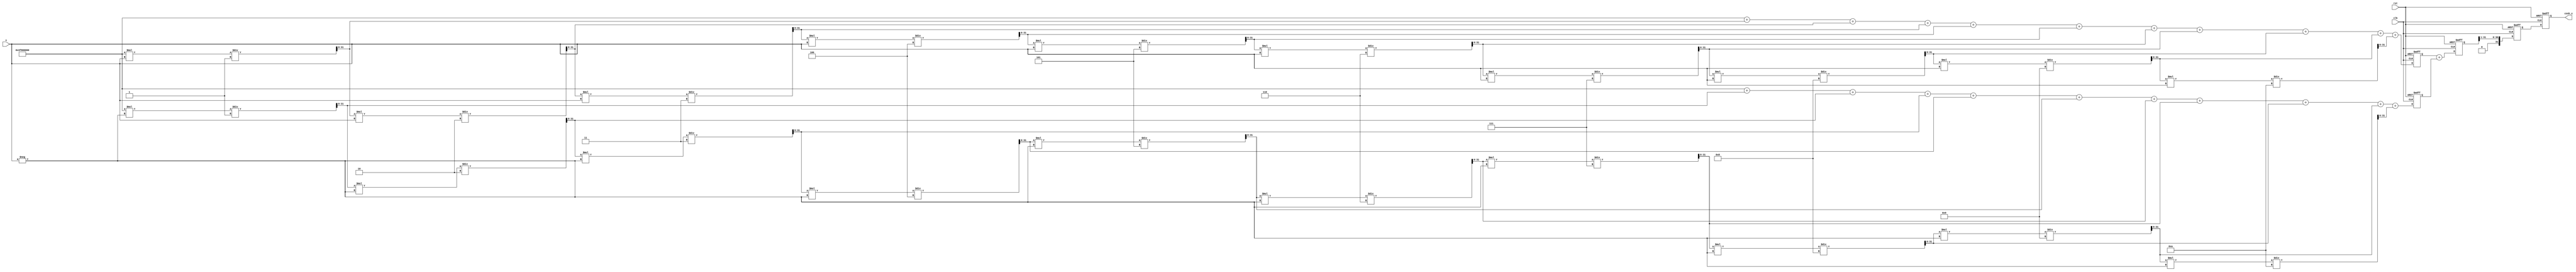
module hyperbolic_cosh (
    input wire clk,
    input wire rst,
    input wire [31:0] x, // Input: Floating-point representation of x
    output reg [31:0] cosh_x // Output: Floating-point representation of cosh(x)
);

    // Internal signals
    reg [31:0] exp_x;
    reg [31:0] exp_neg_x;
    reg [31:0] sum;
    reg [31:0] divided_sum;

    // Exponentiation function (Taylor series approximation)
    function [31:0] exp_approx(input [31:0] value);
        // This is a simple approximation. For production, consider a more accurate method.
        // Taylor series: e^x = 1 + x + x^2/2! + x^3/3! + ...
        reg [31:0] term;
        reg [31:0] result;
        integer i;

        begin
            result = 32'h3F800000; // Start with 1.0 in floating-point (IEEE 754)
            term = 32'h3F800000; // First term: 1.0
            for (i = 1; i <= 10; i = i + 1) begin
                term = term * value / {1'b0, i}; // term = term * x / i
                result = result + term;
            end
            exp_approx = result;
        end
    endfunction

    // Main process
    always @(posedge clk or posedge rst) begin
        if (rst) begin
            cosh_x <= 32'b0;
            exp_x <= 32'b0;
            exp_neg_x <= 32'b0;
            sum <= 32'b0;
            divided_sum <= 32'b0;
        end else begin
            // Calculate e^x and e^(-x)
            exp_x <= exp_approx(x);
            exp_neg_x <= exp_approx(-x);

            // Calculate sum = e^x + e^(-x)
            sum <= exp_x + exp_neg_x;

            // Divide by 2 to get cosh(x)
            divided_sum <= sum >> 1; // Right shift by 1 is equivalent to dividing by 2

            // Assign final result
            cosh_x <= divided_sum;
        end
    end

endmodule